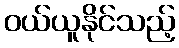
ဝယ်ယူနိုင်သည့်